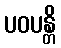
ပဝပန္တိ